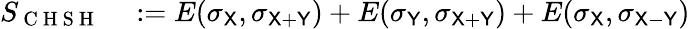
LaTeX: \begin{array}{rl}{S_{\mathrm{~C~H~S~H~}}}&{{}:=E(\sigma_{\textsf{X}},\sigma_{\textsf{X+Y}})+E(\sigma_{\textsf{Y}},\sigma_{\textsf{X+Y}})+E(\sigma_{\textsf{X}},\sigma_{\textsf{X}-\textsf{Y}})}\end{array}